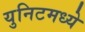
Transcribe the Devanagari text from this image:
युनिटमध्ये